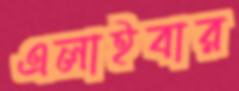
এলাইবার